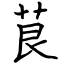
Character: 茛